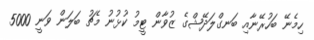
ހިމެނޭ ބަހުރޭނާއި ބަނގްލަދޭޝްގެ ޒުވާން ޓީމު ކުޅުނު މެޗު ބަލަން ވަނީ 5000